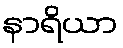
နာရိယာ